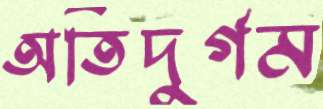
অতিদুর্গম